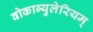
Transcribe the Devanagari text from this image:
वोकाब्युलेरियम्